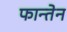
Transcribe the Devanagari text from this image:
फान्तेन